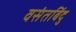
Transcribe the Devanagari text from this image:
वसंतबिंदु